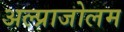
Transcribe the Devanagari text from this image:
अल्प्राजोलम